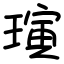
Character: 璌